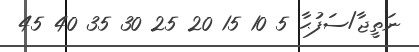
ނަތީޖާ/ސަފުޙާ 5 10 15 20 25 30 35 40 45